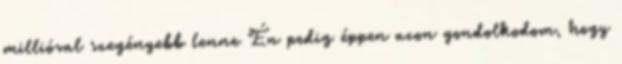
millióval szegényebb lenne Én pedig éppen azon gondolkodom, hogy